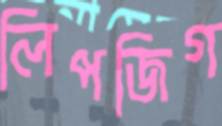
লিপজিগ